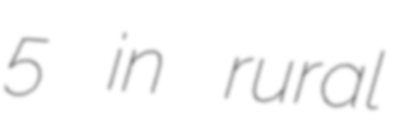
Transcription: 5 in rural